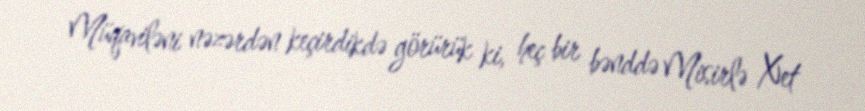
Müqaviləni nəzərdən keçirdikdə görürük ki, heç bir bənddə Misirlə Xet